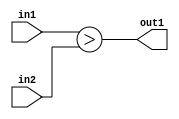
`timescale 1ps / 1ps
/*****************************************************************************
    Verilog RTL Description
    
    
    Created by: Stratus DpOpt 21.05.01 
*******************************************************************************/

module Filter_LessThan_8Ux8U_1U_1 (
	in2,
	in1,
	out1
	); /* architecture "behavioural" */ 
input [7:0] in2,
	in1;
output  out1;
wire  asc001;

assign asc001 = (in1>in2);

assign out1 = asc001;
endmodule

/* CADENCE  urj2TQg= : u9/ySxbfrwZIxEzHVQQV8Q== ** DO NOT EDIT THIS LINE ******/